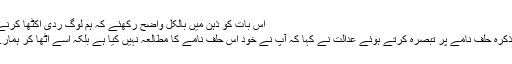
اس بات کو ذہن میں بالکل واضح رکھئے کہ ہم لوگ ردی اکٹھا کرنے والے لوگ نہیں ہیں"
845 صفحات کے متذکرہ حلف نامے پر تبصرہ کرتے ہوئے عدالت نے کہا کہ آپ نے خود اس حلف نامے کا مطالعہ نہیں کیا ہے بلکہ اسے اٹھا کر ہمارے سامنے پٹخ دیا ہے۔